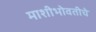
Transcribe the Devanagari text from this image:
माशीभोवतीचे